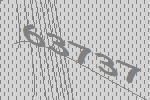
63737